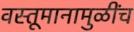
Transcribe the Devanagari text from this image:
वस्तूमानामुळींच